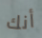
أنك